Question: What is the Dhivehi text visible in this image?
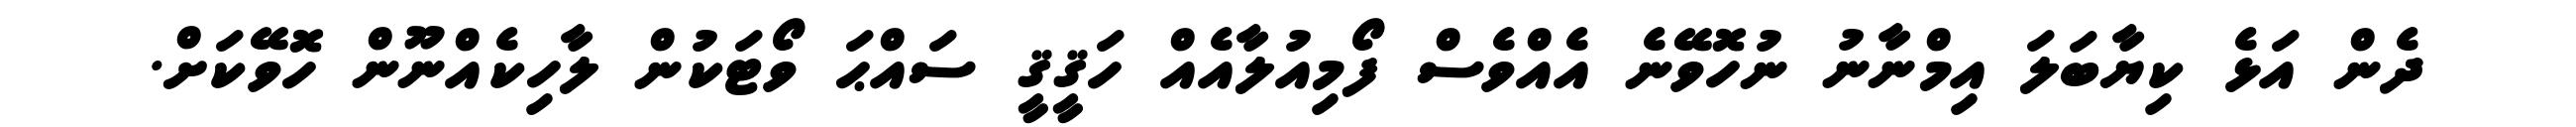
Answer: ދެން އަޅެ ކިޔާބަލަ އިމްނާނު ނުހޮވޭނެ އެއްވެސް ފޯމިއުލާއެއް ހަޤީޤީ ސައްޙަ ވޯޓަކުން ލާހިކެއްނޫން ހޮވޭކަށް.